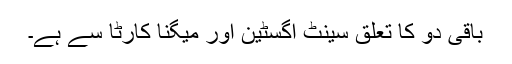
باقی دو کا تعلق سینٹ اگسٹین اور میگنا کارٹا سے ہے۔